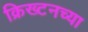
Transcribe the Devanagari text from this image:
क्रिख्टनच्या